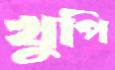
খুপি